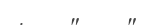
:    "    "